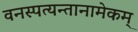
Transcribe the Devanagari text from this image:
वनस्पत्यन्तानामेकम्